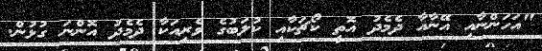
"އަހަންނާއި އޭނާއާ ދެމެދު އޮތީ ކޯޗަކާއި ކުލަބުގެ ވެރިއަކާ ދެމެދު އޮންނަ ގުޅުން.